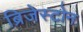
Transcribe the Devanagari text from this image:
ब्रिजेस्टोन